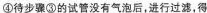
④待步骤③的试管没有气泡后，进行过滤，得